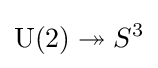
\operatorname {U} (2)\twoheadrightarrow S^{3}